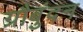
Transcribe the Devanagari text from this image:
ग्रौबुंदन